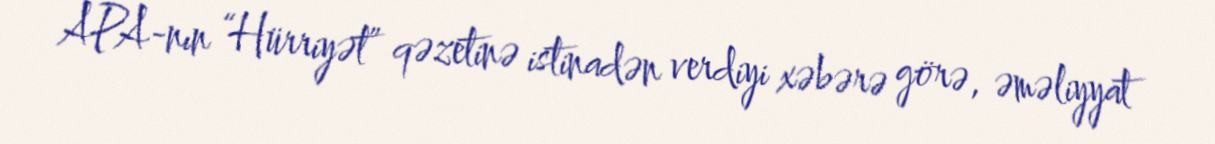
APA-nın “Hürriyət” qəzetinə istinadən verdiyi xəbərə görə, əməliyyat